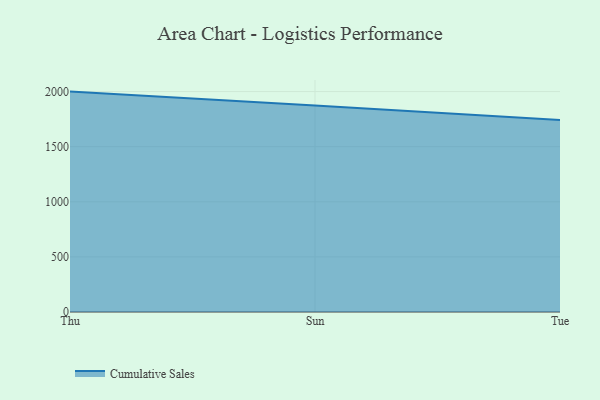
{"axis": {"x": "Day", "y": "Conversion Rate (%)"}, "legend": ["Cumulative Sales"], "data": [{"x": "Thu", "y": 1999.6, "type": "Cumulative Sales"}, {"x": "Sun", "y": 1874.5, "type": "Cumulative Sales"}, {"x": "Tue", "y": 1741.6, "type": "Cumulative Sales"}]}